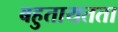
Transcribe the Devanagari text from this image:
बहुतायतता